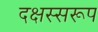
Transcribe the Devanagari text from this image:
दक्षस्सरूप